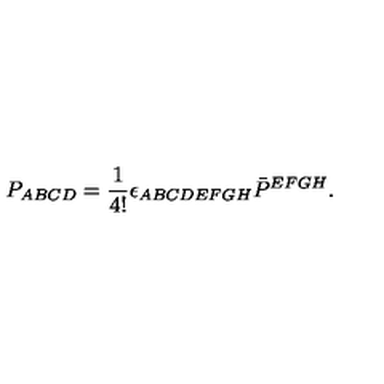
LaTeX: P _ { A B C D } = \frac { 1 } { 4 ! } \epsilon _ { A B C D E F G H } \bar { P } ^ { E F G H } .